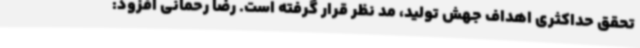
تحقق حداکثری اهداف جهش تولید، مد نظر قرار گرفته است. رضا رحمانی افزود: